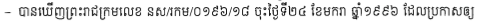
- បានឃើញព្រះរាជក្រឹត្យលេខ នស/រកម/០១៩៦/១៨ ចុះថ្ងៃទី២៤ ខែមករា ឆ្នាំ១៩៩៦ ដែលប្រកាសឲ្យ